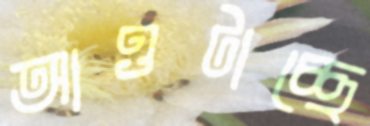
আওটাচ্ছে